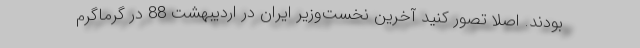
بودند. اصلا تصور کنید آخرین نخست‌وزیر ایران در اردیبهشت 88 در گرماگرم